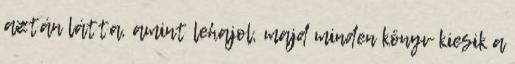
aztán látta, amint lehajol, majd minden könyv kiesik a